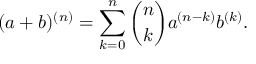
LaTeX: ( a + b ) ^ { ( n ) } = \sum _ { k = 0 } ^ { n } { \binom { n } { k } } a ^ { ( n - k ) } b ^ { ( k ) } .